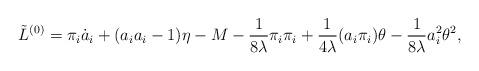
LaTeX: \begin{align*}\tilde L^{(0)} = \pi_i\dot{a}_i + ( a_ia_i - 1){\eta} - M - \frac{1}{8\lambda}\pi_i\pi_i + \frac{1}{4\lambda}(a_i\pi_i)\theta - \frac {1}{8\lambda}a_i^2\theta^2,\end{align*}